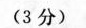
(3分)